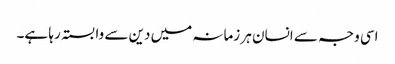
اسی وجہ سے انسان ہر زمانہ میں دین سے وابستہ رہا ہے۔